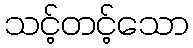
သင့်တင့်သော